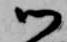
御